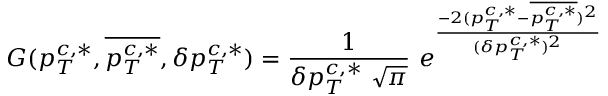
G ( p _ { T } ^ { c , \ast } , { \overline { { { p _ { T } ^ { c , \ast } } } } } , \delta p _ { T } ^ { c , \ast } ) = { \frac { 1 } { \delta p _ { T } ^ { c , \ast } \ \sqrt { \pi } } } \ e ^ { { \frac { - 2 ( p _ { T } ^ { c , \ast } - { \overline { { { p _ { T } ^ { c , \ast } } } } } ) ^ { 2 } } { ( \delta p _ { T } ^ { c , \ast } ) ^ { 2 } } } }